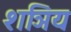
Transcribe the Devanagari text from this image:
शञिय